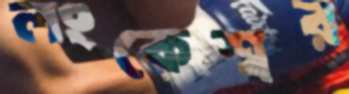
লংকেশ্বর